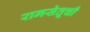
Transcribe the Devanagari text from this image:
रामसेतूची